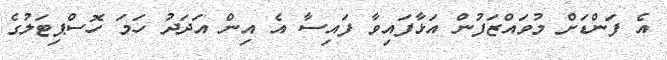
އެ ފަންޑަށް މުވައްޒަފުން އަޅާފައިވާ ފައިސާ އެ އިން އަދަދު ހަމަ ހޮސްޕިޓަލުގެ